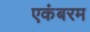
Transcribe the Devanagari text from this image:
एकंबरम